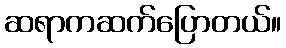
ဆရာကဆက်ပြောတယ်။